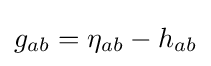
g_{ab}=\eta _{ab}-h_{ab}